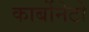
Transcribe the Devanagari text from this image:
कार्बोनेटो